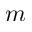
m